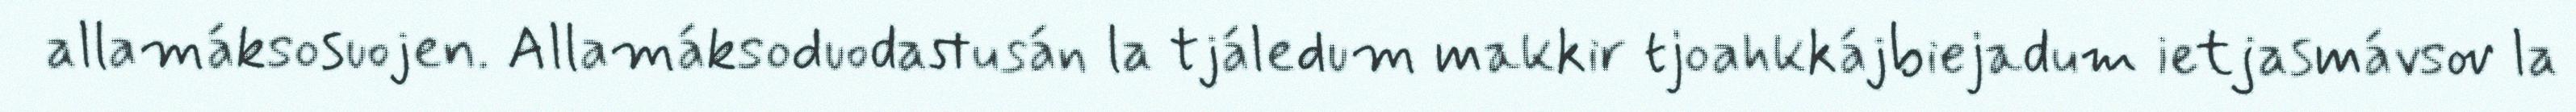
allamáksosuojen. Allamáksoduodastusán la tjáledum makkir tjoahkkájbiejadum ietjasmávsov la